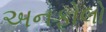
અનફોલો